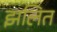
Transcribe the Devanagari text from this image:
झलित